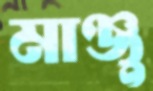
মাঞ্জু